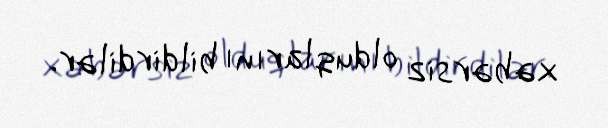
xəbərsiz olduqlarını bildirdilər.